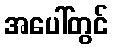
အပေါ်တွင်